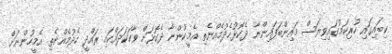
ކިބައިގައި ހުރިކަމުގައިވިޔަސް މައިންބަފައިންނާ ދެކޮޅުހެދުމެއްނެތި އެމީހުންނާ ދެކޮޅަށް ވާހަކަދައްކައި ރައްދީ ހެދުމެއްނެތި އެމީހުންނަށް